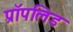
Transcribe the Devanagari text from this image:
प्रॉपलिड